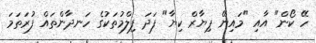
ހޭ ކޯން" އާއި "މައިނޭ ޕިޔާރް ކިޔާ" ފަދަ ފިލްމުތަކުގެ ހަނދާންތައް ފުރަތަމަ